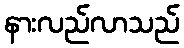
နားလည်လာသည်